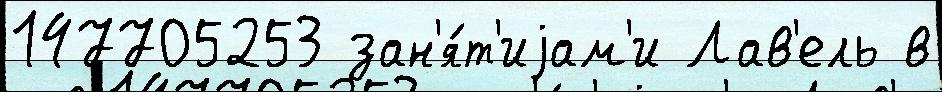
147705253 зан'я́т'иjам'и Лав'ель в